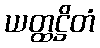
ယတ္ထဋ္ဌိတံ